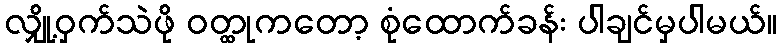
လျှို့ဝှက်သဲဖို ဝတ္ထုကတော့ စုံထောက်ခန်း ပါချင်မှပါမယ်။